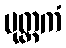
ပုတ္တကံ